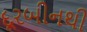
દૂરબીનથી